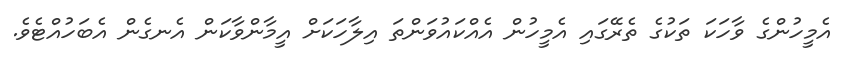
އެމީހުންގެ ވާހަކަ ތަކުގެ ތެރޭގައި އެމީހުން އެއްކައުވަންތަ އިލާހަކަށް އީމާންވާކަން އެނގެން އެބަހުއްޓެވެ.